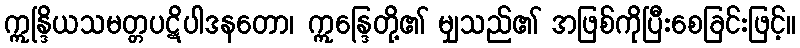
ဣန္ဒြိယသမတ္တပဋိပါဒနတော၊ ဣန္ဒြေတို့၏ မျှသည်၏ အဖြစ်ကိုပြီးစေခြင်းဖြင့်။